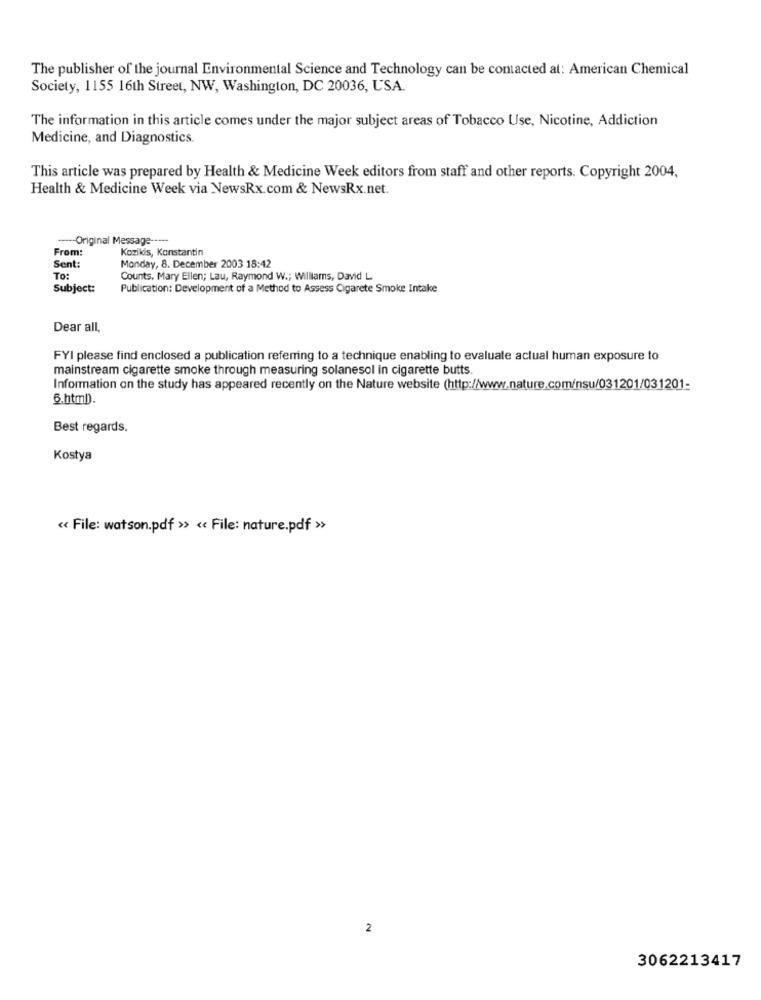
The publisher of the journal Environmental Science and Technology can be contacted at: American Chemical
Society, 1155 16th Street, NW, Washington, DC 20036, USA.
The information in this article comes under the major subject areas of Tobacco Use, Nicotine, Addiction
Medicine, and Diagnostics.
This article was prepared by Health & Medicine Week editors from staff and other reports. Copyright 2004,
Health & Medicine Week via NewsRx.com & NewsRx.net
---- Original Message -----
From:
Kozikis, Konstantin
Sent:
Monday, 8. December 2003 18:42
To:
Counts, Mary Ellen; Lau, Raymond W .; Williams, David L
Subject:
Publication: Development of a Method to Assess Cigarete Smoke Intake
Dear all,
FYI please find enclosed a publication referring to a technique enabling to evaluate actual human exposure to
mainstream cigarette smoke through measuring solanesol in cigarette butts.
Information on the study has appeared recently on the Nature website (http://www.nature.com/nsu/031201/031201-
6.html).
Best regards.
Kostya
« File: watson.pdf >> « File: nature.pdf >>
2
3062213417